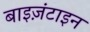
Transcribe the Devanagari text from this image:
बाइज़ंटाइन